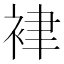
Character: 𧙻